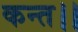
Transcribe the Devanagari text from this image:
कन्‍त।।